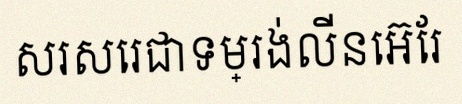
សរសេរជាទម្រង់លីនេអ៊ែរ